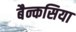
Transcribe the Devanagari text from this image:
बैन्कसिया